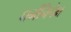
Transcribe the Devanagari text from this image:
धर्मनिपेक्ष